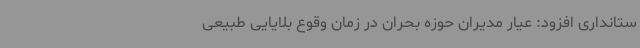
ستانداری افزود: عیار مدیران حوزه بحران در زمان وقوع بلایایی طبیعی